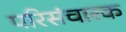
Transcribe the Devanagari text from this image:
परिसंचारक